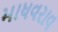
માધવરાવ